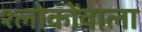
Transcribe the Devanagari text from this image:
श्लोकोंवाला